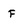
Character: F